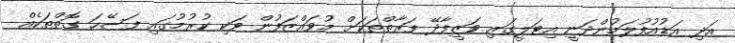
އަދި އަޑުއުފުލަމުންދަނީ އިޓަލީގައި ވަޒީފާދޭ ފަރާތްތަކަށް މުވައްޒަފުން ވަކި ކުރުމުގައި ފަސޭހަ ގޮތްތަކެއް